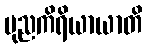
ပုညကိရိယာယာတိ